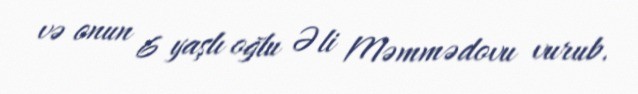
və onun 6 yaşlı oğlu Əli Məmmədovu vurub.